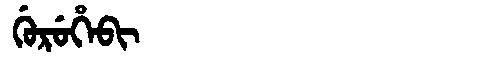
Manchu: ᡤᡠᡵᡠᡥᡝᠪᡳ
Romanization: GURUHEBI